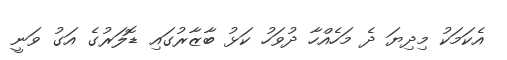
އެކަމަކު މިދިޔަ ދެ މަހެއްހާ ދުވަހު ކަޅު ބާޒާރުގައި ޑޮލަރުގެ އަގު ވަނީ